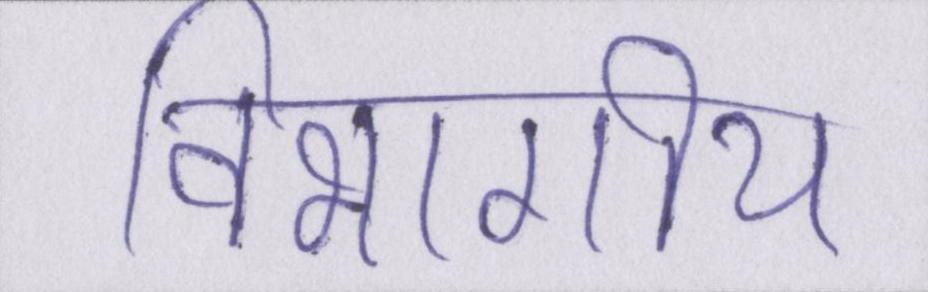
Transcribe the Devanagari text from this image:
विभागीय